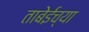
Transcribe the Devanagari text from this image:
ताबेईच्या